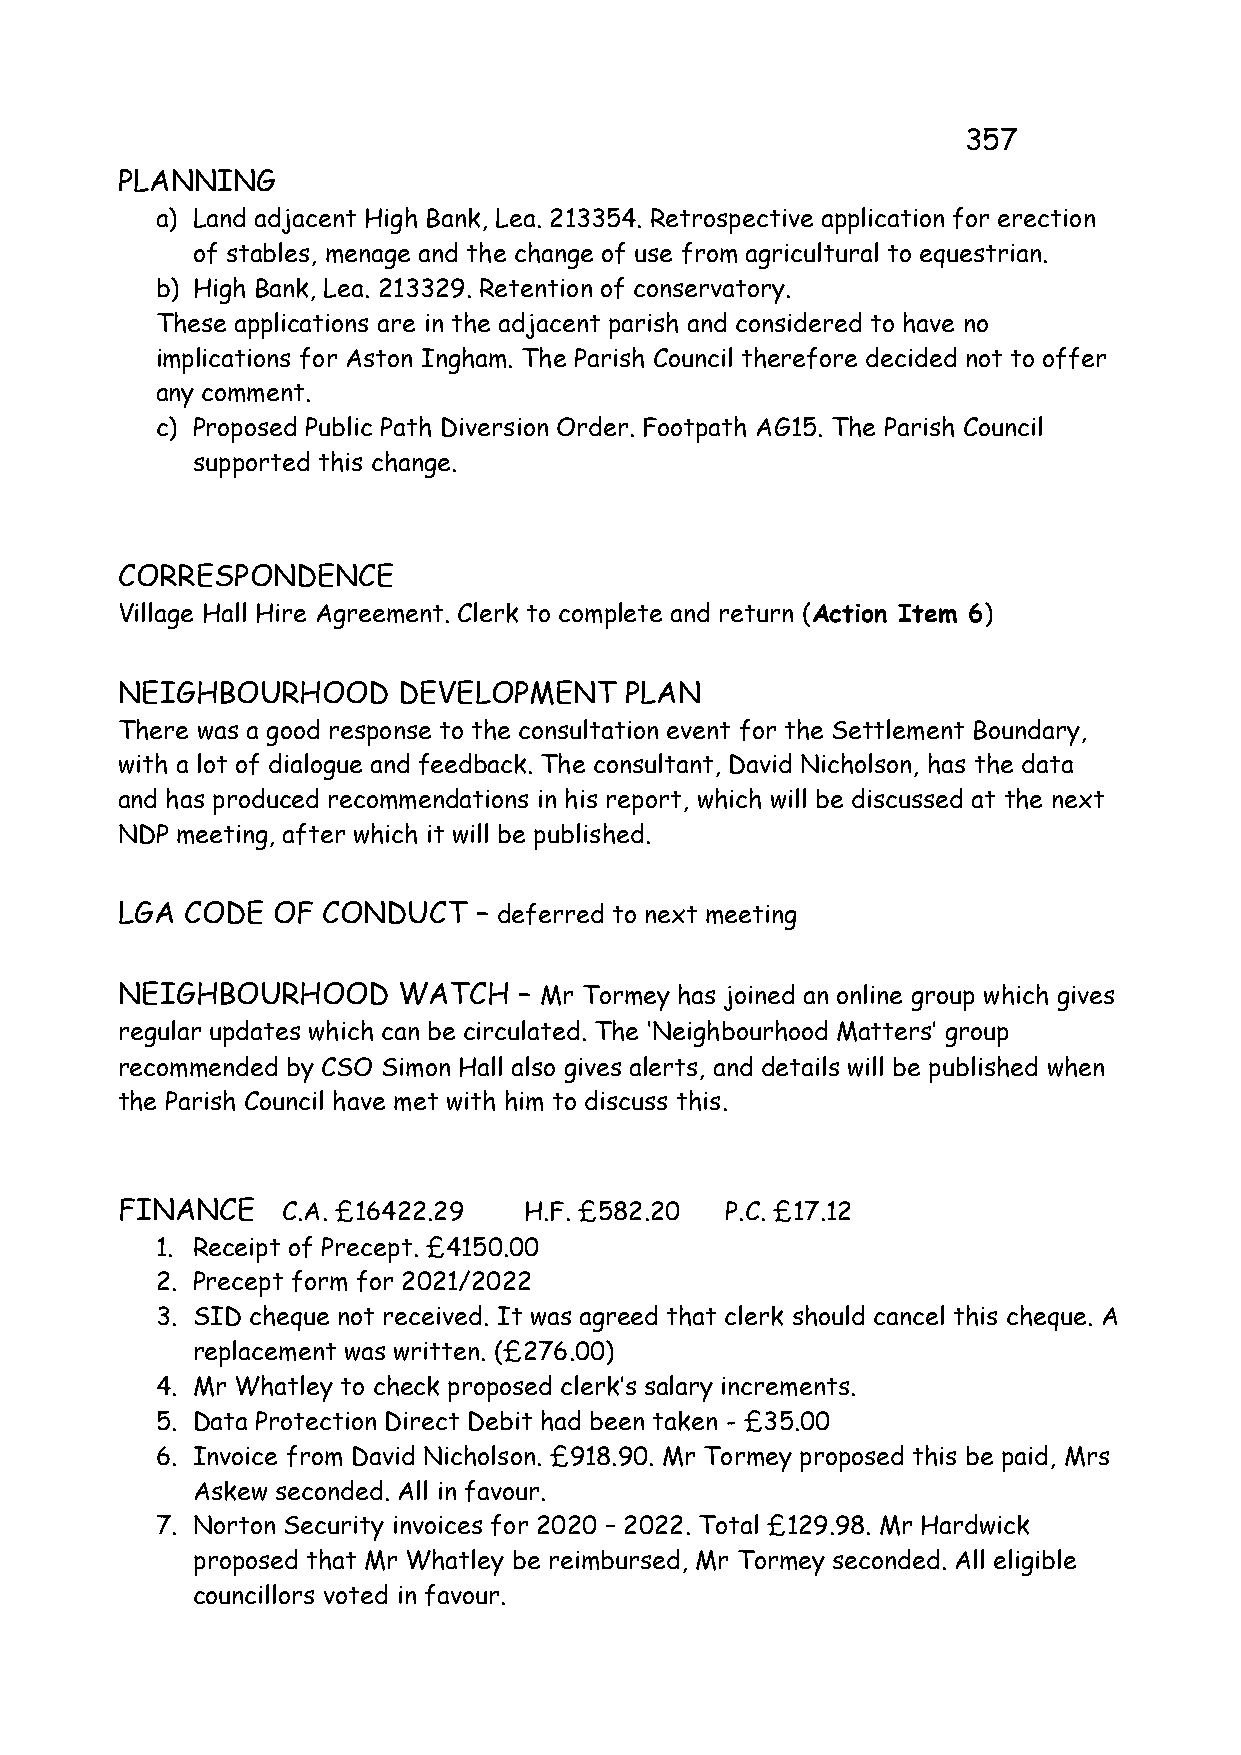
357
 PLANNING
 a) Land adjacent High Bank, Lea. 213354. Retrospective application for erection
 of stables, menage and the change of use from agricultural to equestrian.
 b) High Bank, Lea. 213329. Retention of conservatory.
 These applications are in the adjacent parish and considered to have no
 implications for Aston Ingham. The Parish Council therefore decided not to offer
 any comment.
 c) Proposed Public Path Diversion Order. Footpath AG15. The Parish Council
 supported this change.
 CORRESPONDENCE
 Village Hall Hire Agreement. Clerk to complete and return (Action Item 6)
 NEIGHBOURHOOD     DEVELOPMENT    PLAN
 There was a good response to the consultation event for the Settlement Boundary,
 with a lot of dialogue and feedback. The consultant, David Nicholson, has the data
 and has produced recommendations in his report, which will be discussed at the next
 NDP meeting, after which it will be published.
 LGA CODE  OF CONDUCT   – deferred to next meeting
 NEIGHBOURHOOD     WATCH   – Mr Tormey has joined an online group which gives
 regular updates which can be circulated. The ‘Neighbourhood Matters’ group
 recommended by CSO Simon Hall also gives alerts, and details will be published when
 the Parish Council have met with him to discuss this.
 FINANCE    C.A. £16422.29  H.F. £582.20 P.C. £17.12
 1. Receipt of Precept. £4150.00
 2. Precept form for 2021/2022
 3. SID cheque not received. It was agreed that clerk should cancel this cheque. A
 replacement was written. (£276.00)
 4. Mr Whatley to check proposed clerk’s salary increments.
 5. Data Protection Direct Debit had been taken - £35.00
 6. Invoice from David Nicholson. £918.90. Mr Tormey proposed this be paid, Mrs
 Askew seconded. All in favour.
 7. Norton Security invoices for 2020 – 2022. Total £129.98. Mr Hardwick
 proposed that Mr Whatley be reimbursed, Mr Tormey seconded. All eligible
 councillors voted in favour.